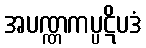
အပဏ္ဏကပ္ပဋိပဒံ